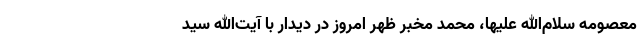
معصومه سلام‌الله علیها، محمد مخبر ظهر امروز در دیدار با آیت‌الله سید